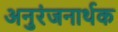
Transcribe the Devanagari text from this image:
अनुरंजनार्थक